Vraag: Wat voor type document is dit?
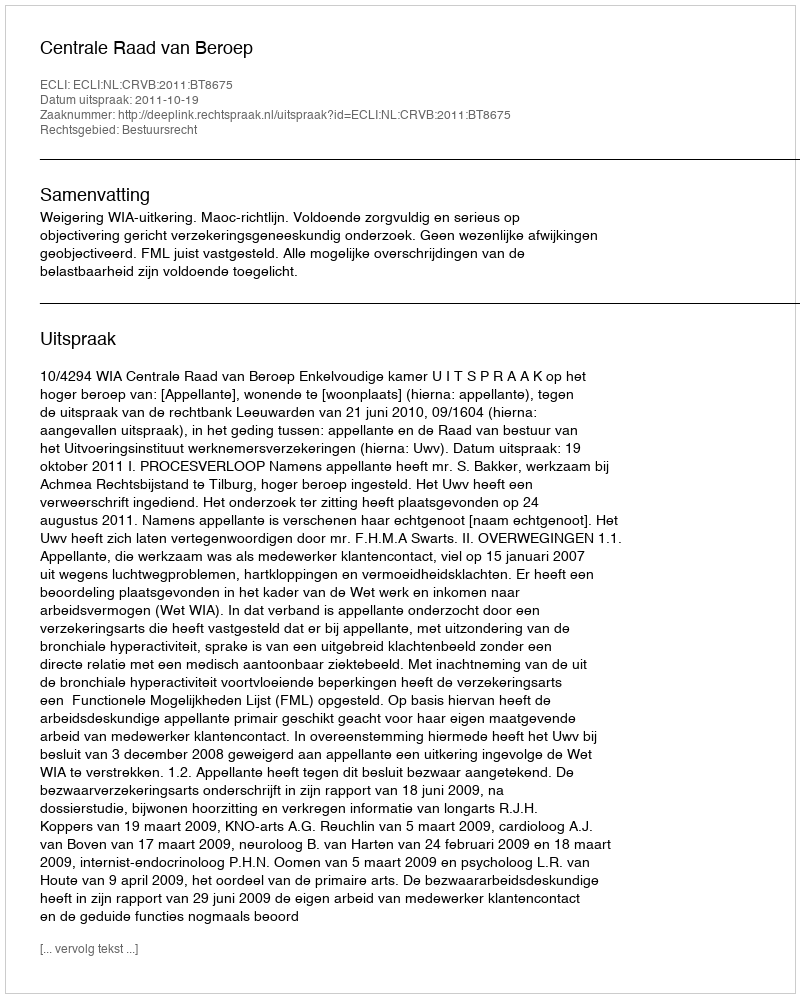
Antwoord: Uitspraak